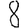
Digit: 8